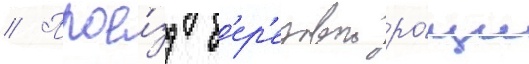
// Прое́зд б'ер'езовои ро́щи